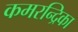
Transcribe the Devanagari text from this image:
कमरन्द्रिका